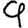
Digit: 9